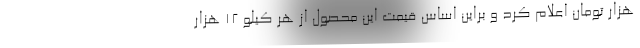
هزار تومان اعلام کرد و براین اساس قیمت این محصول از هر کیلو 12 هزار